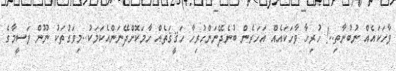
ވާހަކައެއް ނުބުނާތި..! ހުރިހާ ވާހަކައެއް އަހަރެން ބުނެދޭނަންހުރިހާ ހަޤީޤަތެއް ހާމަކޮށްދޭނަންއެކަމަކު..މިވަގުތަކު ނޫން ވަސީމާގެ